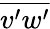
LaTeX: \overline{{v^{\prime}w^{\prime}}}